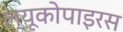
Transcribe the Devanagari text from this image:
ल्यूकोपाइरस